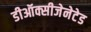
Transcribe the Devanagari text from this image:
डीऑक्सीजेनेटेड